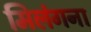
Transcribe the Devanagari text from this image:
मिलंगना